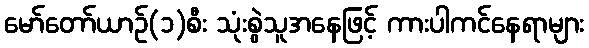
မော်တော်ယာဉ်(၁)စီး သုံးစွဲသူအနေဖြင့် ကားပါကင်နေရာများ